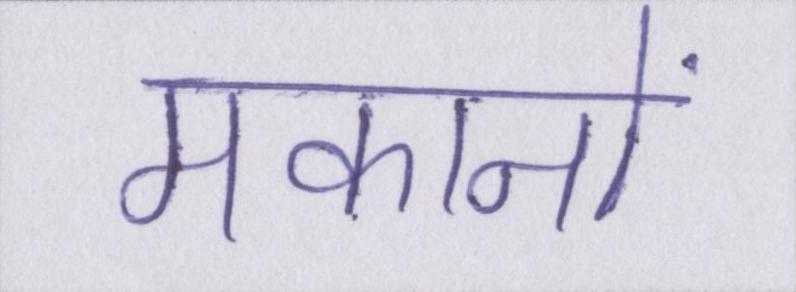
मकानों